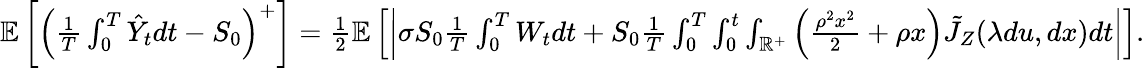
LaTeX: \begin{array}{r}{\mathbb{E}\left[\left(\frac{1}{T}\int_{0}^{T}\hat{Y}_{t}dt-S_{0}\right)^{+}\right]=\frac{1}{2}\mathbb{E}\left[\left|\sigma S_{0}\frac{1}{T}\int_{0}^{T}{W}_{t}dt+S_{0}\frac{1}{T}\int_{0}^{T}\int_{0}^{t}\int_{\mathbb{R}^{+}}\left(\frac{\rho^{2}x^{2}}{2}+\rho x\right)\tilde{J}_{Z}(\lambda du,dx)dt\right|\right].}\end{array}